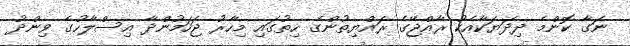
ނަގާ ކޮންމެ ދިދަޔަކާއެކު ރާއްޖޭގެ ރައްޔިތުންގެ ހިތުގައި މިހާރު ޖަހަމުންދާ އިސްލާހުގެ ވިންދު